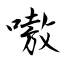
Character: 嗷